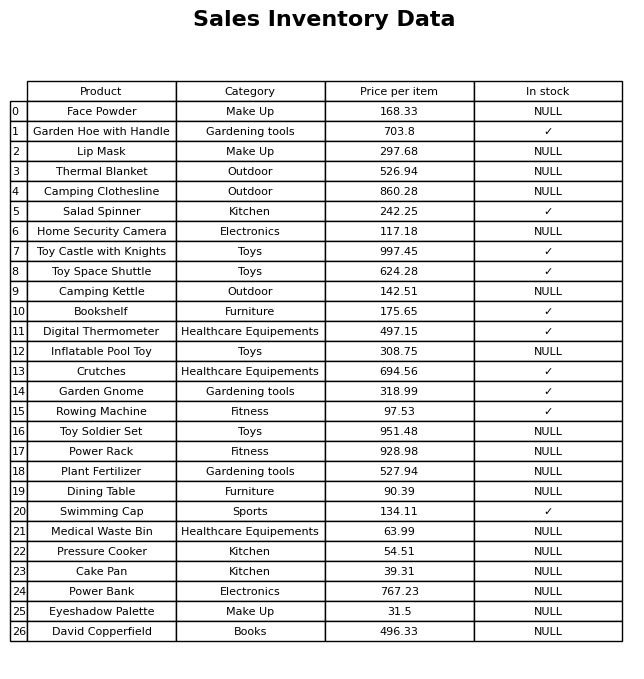
question: Which products are available in stock?
answer: Garden Hoe with Handle, Salad Spinner, Toy Castle with Knights, Toy Space Shuttle, Bookshelf, Digital Thermometer, Crutches, Garden Gnome, Rowing Machine, Swimming Cap